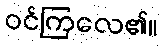
ဝင်ကြလေ၏။